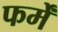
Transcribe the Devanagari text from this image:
फर्में